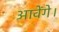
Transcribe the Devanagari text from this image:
आवेंगे।